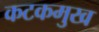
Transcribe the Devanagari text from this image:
कटकमुख